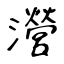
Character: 瀯